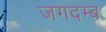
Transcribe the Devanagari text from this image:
जगदम्ब